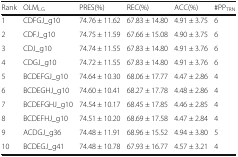
| Rank | OLMLG | PRES(%) | REC(%) | ACC(%) | #PPTRN |
 | --- | --- | --- | --- | --- | --- |
 | 1 | CDFGJ_g10 | 74.76 ± 11.62 | 67.83 ± 14.80 | 4.91 ± 3.75 | 6 |
 | 2 | CDFJ_g10 | 74.75 ± 11.59 | 67.66 ± 15.08 | 4.90 ± 3.75 | 6 |
 | 3 | CDJ_g10 | 74.74 ± 11.55 | 67.83 ± 14.80 | 4.91 ± 3.76 | 6 |
 | 4 | CDGJ_g10 | 74.72 ± 11.55 | 67.83 ± 14.80 | 4.91 ± 3.76 | 6 |
 | 5 | BCDEFGJ_g10 | 74.64 ± 10.30 | 68.06 ± 17.77 | 4.47 ± 2.86 | 4 |
 | 6 | BCDEGHJ_g10 | 74.60 ± 10.41 | 68.27 ± 17.78 | 4.48 ± 2.86 | 4 |
 | 7 | BCDEFGHJ_g10 | 74.54 ± 10.17 | 68.45 ± 17.85 | 4.46 ± 2.85 | 4 |
 | 8 | BCDEFHJ_g10 | 74.51 ± 10.20 | 68.69 ± 17.58 | 4.47 ± 2.84 | 4 |
 | 9 | ACDGJ_g36 | 74.48 ± 11.91 | 68.96 ± 15.52 | 4.94 ± 3.80 | 5 |
 | 10 | BCDEGJ_g41 | 74.48 ± 10.78 | 67.93 ± 16.77 | 4.57 ± 3.21 | 4 |